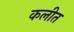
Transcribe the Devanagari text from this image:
कलीत